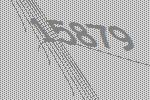
15879